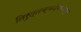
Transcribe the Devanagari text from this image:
तिरुत्तक्कदेवरांकडून